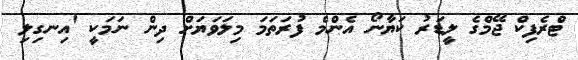
ޓްރެފިކް ޖޭމްގެ ލީޑަރު ކަޔާނޯ އެންމެ ފުރަތަމަ މިލަވަޔަށް ދިން ނަމަކީ 'އިނގިލި